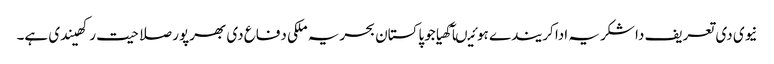
نیوی دی تعریف دا شکریہ ادا کریندے ہوئیںآکھیا جوپاکستان بحریہ ملکی دفاع دی بھرپور صلاحیت رکھیندی ہے۔